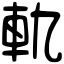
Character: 軌